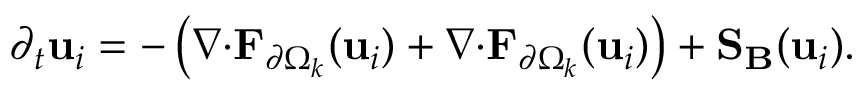
\partial _ { t } \mathbf { u } _ { i } = - \left( \boldsymbol { \nabla } { \cdot } \mathbf { F } _ { \partial \Omega _ { k } } ( \mathbf { u } _ { i } ) + \boldsymbol { \nabla } { \cdot } { \mathbf { F } } _ { \partial \Omega _ { k } } ( \mathbf { u } _ { i } ) \right) + \mathbf { S _ { B } } ( \mathbf { u } _ { i } ) .